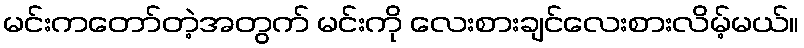
မင်းကတော်တဲ့အတွက် မင်းကို လေးစားချင်လေးစားလိမ့်မယ်။